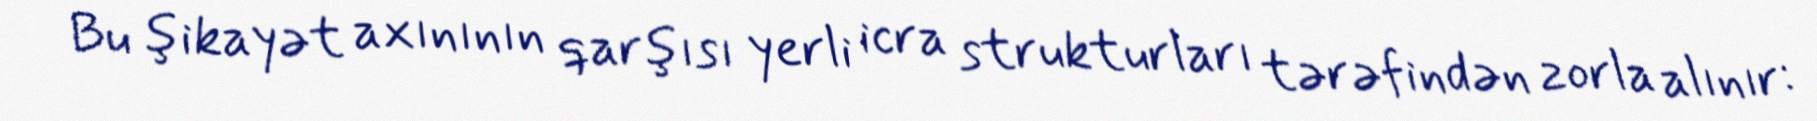
Bu şikayət axınının qarşısı yerli icra strukturları tərəfindən zorla alınır: